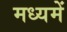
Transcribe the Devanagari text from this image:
मध्‍यमें